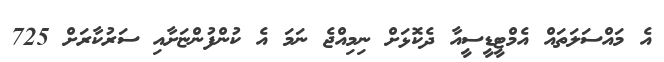
އެ މައްސަލަތައް އެމްޓީޑީސީއާ ދެކޮޅަށް ނިމިއްޖެ ނަމަ އެ ކުންފުންޏަށާއި ސަރުކާރަށް 725